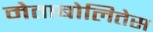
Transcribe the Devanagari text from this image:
मेताबोलितेस